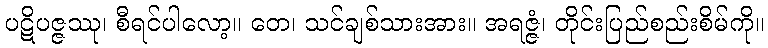
ပဋိပဇ္ဇဿု၊ စီရင်ပါလော့။ တေ၊ သင်ချစ်သားအား။ အရဇ္ဇံ၊ တိုင်းပြည်စည်းစိမ်ကို။